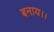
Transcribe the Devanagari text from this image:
बनाय।।